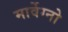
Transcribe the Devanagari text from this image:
मार्वेग्नो